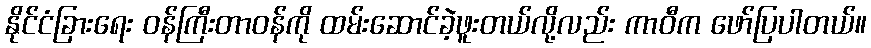
နိုင်ငံခြားရေး ဝန်ကြီးတာဝန်ကို ထမ်းဆောင်ခဲ့ဖူးတယ်လို့လည်း ကာဝီက ဖော်ပြပါတယ်။